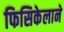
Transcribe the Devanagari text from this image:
फिसिकेलाने